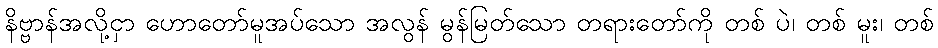
နိဗ္ဗာန်အလို့ငှာ ဟောတော်မူအပ်သော အလွန် မွန်မြတ်သော တရားတော်ကို တစ် ပဲ၊ တစ် မူး၊ တစ်